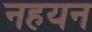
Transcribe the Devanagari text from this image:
नहयन